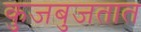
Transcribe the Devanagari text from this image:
कुजबुजतात